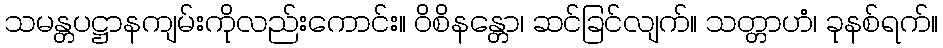
သမန္တပဋ္ဌာနကျမ်းကိုလည်းကောင်း။ ဝိစိနန္တော၊ ဆင်ခြင်လျက်။ သတ္တာဟံ၊ ခုနစ်ရက်။